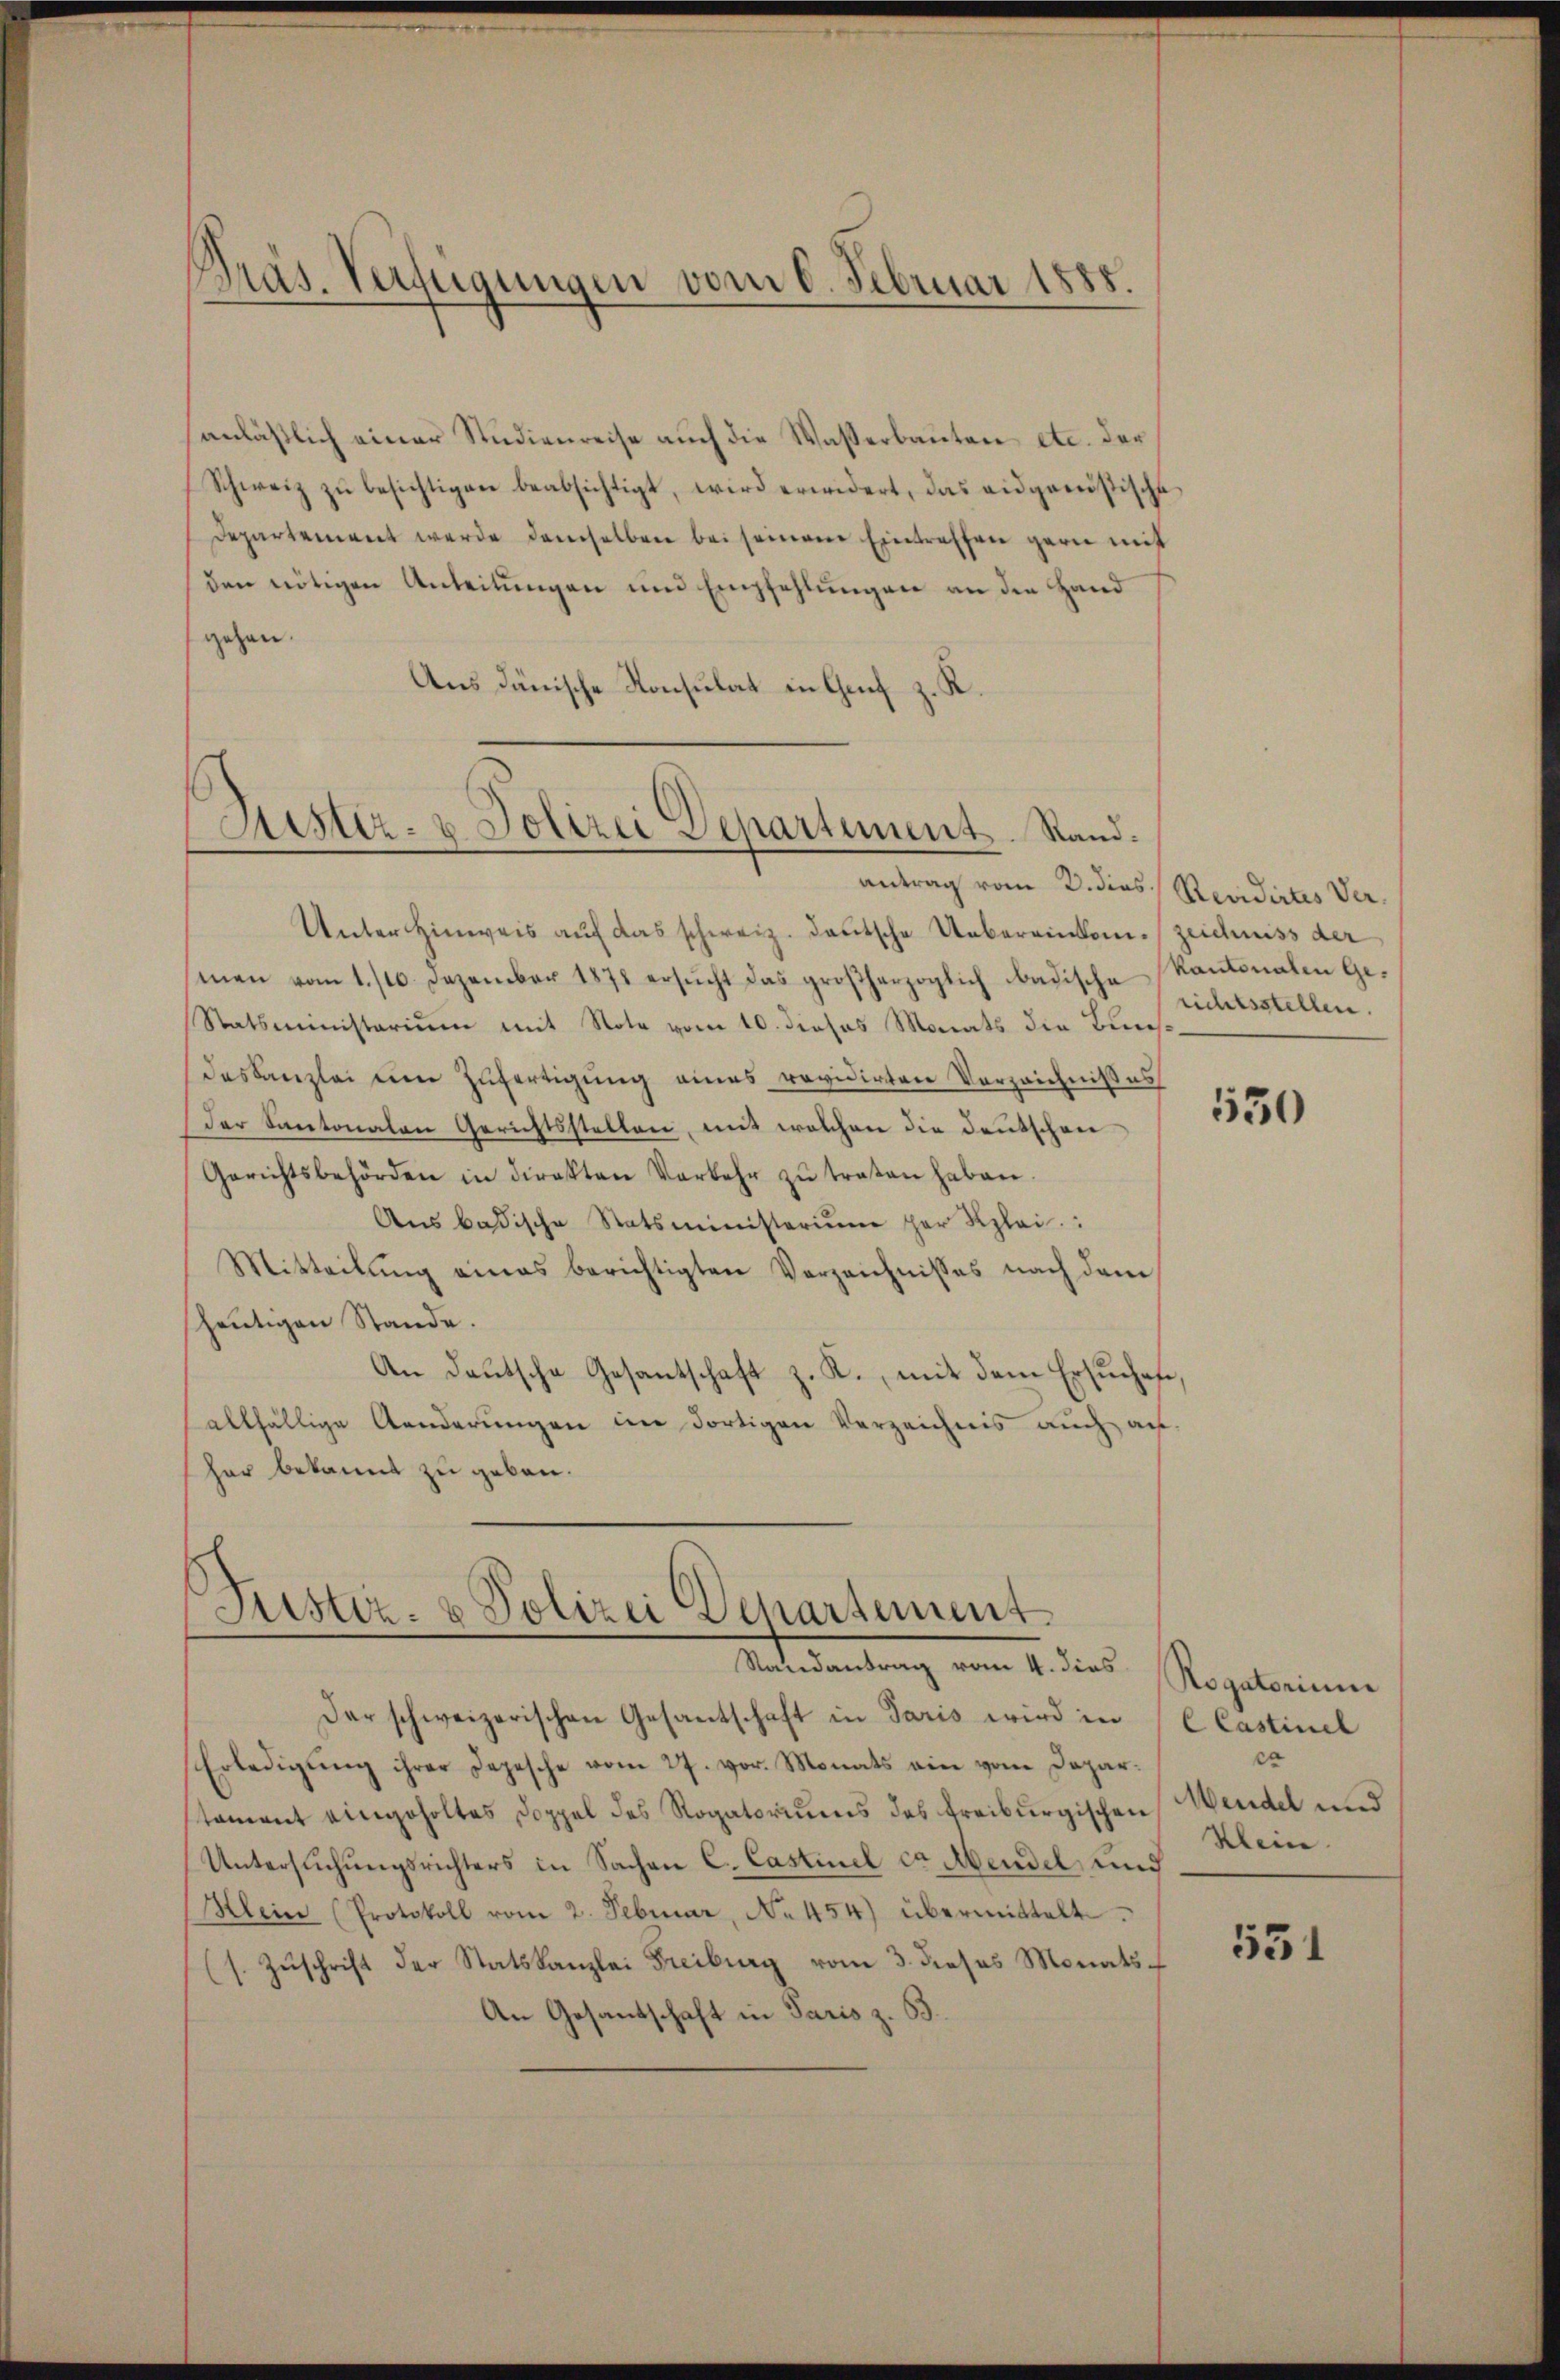
Präs. Verfügungen vom 6. Februar 1888.

anläßlich einer Studienreise auch die Wasserbauten etc. der
Schweiz zŭ besichtigen beabsichtigt, wird erwidert, das eidgenössische
departement werde demselben bei seinem Eintreffen garn mit
den nötigen Anteilungen und Empfehlungen an die Hand
gehen.
Aus dänische Konsulat in Genf z. K.

Lister- u Polizei Departement. Stand.

antrag vom 2. dies Revidirtes Ver¬
Unter Hinweis auf das schweiz. deutsche Uebereinken zeichniss der
men vom 1. /10. Dezember 1878 ersŭcht das großherzoglich badische Kantonalen Ge¬
Statsministerium mit Nota vom 10. dieses Monats die Bin
deskanzlei eine Zufertigung eines revidirten Verzeichnißes
Der Kantonalen Gerichtsstellen, mit welchen die Deutschen
Gerichtsbehörden in direkten Verkehr zŭ traten haben.
Ans badische Statsministerium her Klei
Mitteilŭng eines berichtigten Verzeichnisses nach dem
heutigen Stande.
An Deutsche Gesantschaft z. K., mit dem Ersuches,
allfällige Aenderungen im dortigen Verzeichnis auch an-
har bekannt zu geben.

Justiz- & Polizei Departement
Randantrag vom 4. dies

Der schweizerischen Gesantschaft in Paris wird in
Erledigŭng ihrer Depesche vom 27. vor. Monats ein vom Dopar-
tament eingeholtes Doppel des Rogatoriums des treiburgischen
Untersuchungsrichters in Sachen C. Castinuel ca. Abendel und
Klein (Protokoll vom 2. Februar, No 454) übermittelt.
(s. Zŭschrift der Statskanzlei Freiburg vom 3. dieses Monats
An Gesantschaft in Paris z. B.

richtsstellen.

130

Rogatorium
CCastinel
cr
Mendel und
Klein.

531